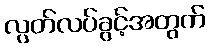
လွတ်လပ်ခွင့်အတွက်